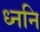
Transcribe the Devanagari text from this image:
ध्ननि